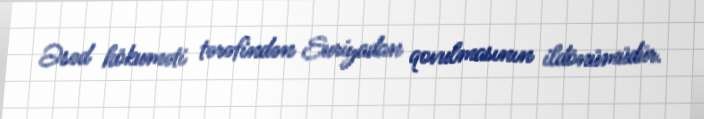
Əsəd hökuməti tərəfindən Suriyadan qovulmasının ildönümüdür.